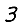
Digit: 3